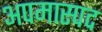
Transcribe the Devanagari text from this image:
अपमास्पद